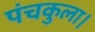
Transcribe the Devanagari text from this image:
पंचकुला।